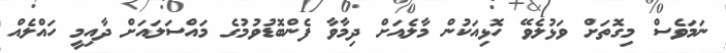
ނަމަވެސް މިގޮތަށް ވަޅުލެވޭ ހޮޅިއަކުން މާލެއަށް ދިމާވާ ފެންބޮޑުވުމުގެ މައްސަލައަށް ދާއިމީ ހައްލެއް